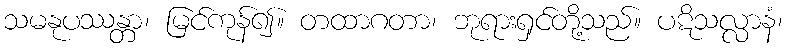
သမနုပဿန္တာ၊ မြင်ကုန်၍။ တထာဂတာ၊ ဘုရားရှင်တို့သည်။ ပဋိသလ္လာနံ၊